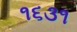
૧૬૩૧